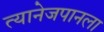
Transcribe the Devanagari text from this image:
त्यानेजपानला